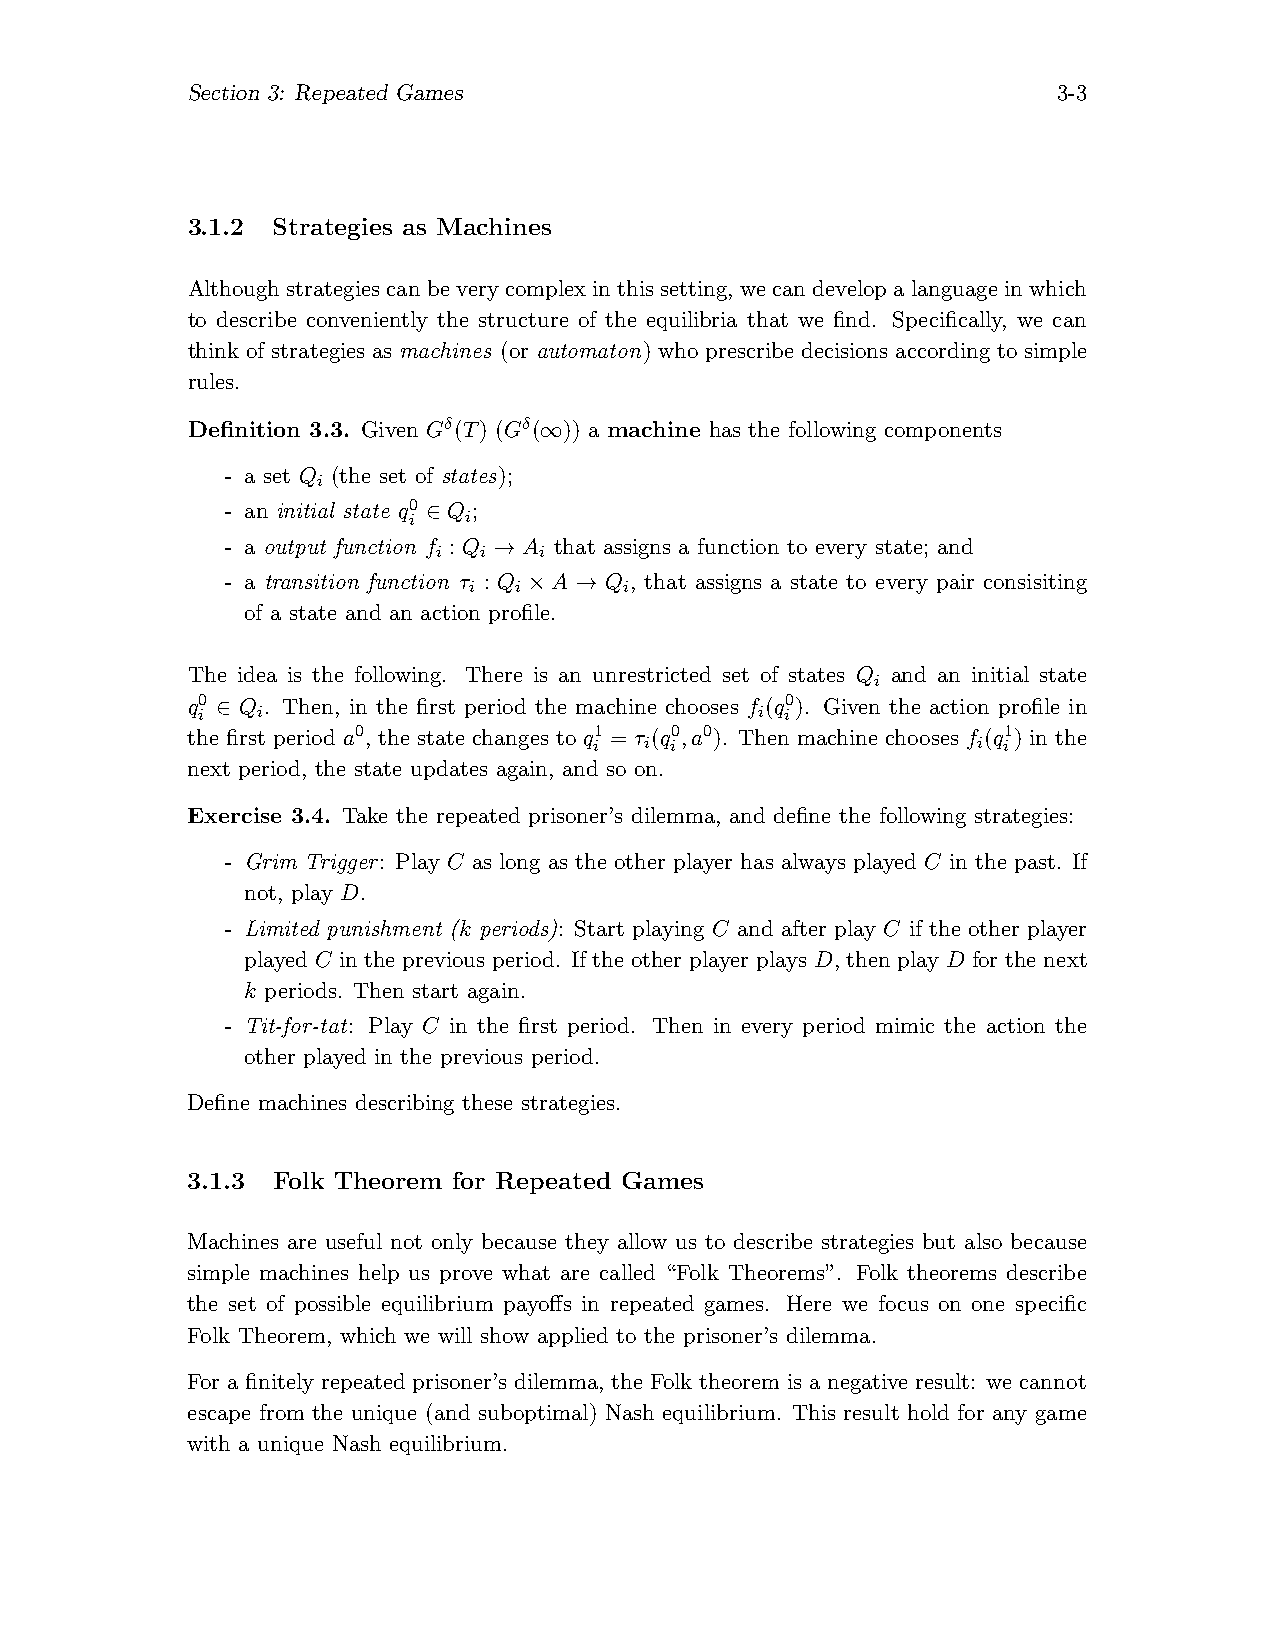
Section 3: Repeated Games                                 3-3
 3.1.2 Strategies as Machines
 Althoughstrategies canbeverycomplexin thissetting, we candevelopalanguage inwhich
 to describe conveniently the structure of the equilibria that we find. Specifically, we can
 think of strategies as machines (or automaton) who prescribe decisions according to simple
 rules.
 Definition 3.3. Given Gδ(T) (Gδ(∞)) a machine has the following components
 - a set Q (the set of states);
 i
 - an initial state q0 ∈ Q ;
 i   i
 - a output function f : Q → A that assigns a function to every state; and
 i  i   i
 - a transition function τ : Q ×A → Q , that assigns a state to every pair consisiting
 i  i      i
 of a state and an action profile.
 The idea is the following. There is an unrestricted set of states Q and an initial state
 i
 q0 ∈ Q . Then, in the first period the machine chooses f (q0). Given the action profile in
 i   i                                i i
 the first period a0, the state changes to q1 = τ (q0,a0). Then machine chooses f (q1) in the
 i   i i                   i i
 next period, the state updates again, and so on.
 Exercise 3.4. Take the repeated prisoner’s dilemma, and define the following strategies:
 - Grim Trigger: Play C as long as the other player has always played C in the past. If
 not, play D.
 - Limited punishment (k periods): Start playing C and after play C if the other player
 played C in the previous period. If the other player plays D, then play D for the next
 k periods. Then start again.
 - Tit-for-tat: Play C in the first period. Then in every period mimic the action the
 other played in the previous period.
 Define machines describing these strategies.
 3.1.3 Folk Theorem for Repeated Games
 Machines are useful not only because they allow us to describe strategies but also because
 simple machines help us prove what are called “Folk Theorems”. Folk theorems describe
 the set of possible equilibrium payoffs in repeated games. Here we focus on one specific
 Folk Theorem, which we will show applied to the prisoner’s dilemma.
 For a finitely repeated prisoner’s dilemma, the Folk theorem is a negative result: we cannot
 escape from the unique (and suboptimal) Nash equilibrium. This result hold for any game
 with a unique Nash equilibrium.